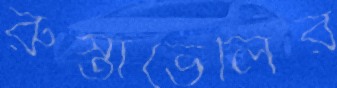
রুস্তাভেলির